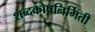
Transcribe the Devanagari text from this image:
शब्दकोषनिर्मिती